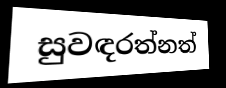
සුවඳරත්නත්